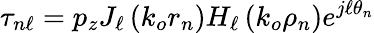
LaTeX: \tau_{n\ell}=p_{z}J_{\ell}\left(k_{o}r_{n}\right)H_{\ell}\left(k_{o}\rho_{n}\right)e^{j\ell\theta_{n}}